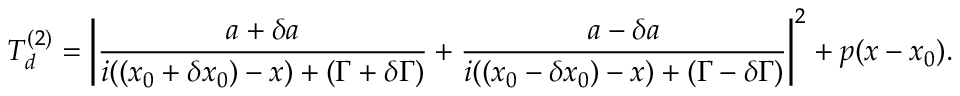
T _ { d } ^ { ( 2 ) } = \left| \frac { a + \delta a } { i ( ( x _ { 0 } + \delta x _ { 0 } ) - x ) + ( \Gamma + \delta \Gamma ) } + \frac { a - \delta a } { i ( ( x _ { 0 } - \delta x _ { 0 } ) - x ) + ( \Gamma - \delta \Gamma ) } \right| ^ { 2 } + p ( x - x _ { 0 } ) .